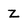
Character: Z